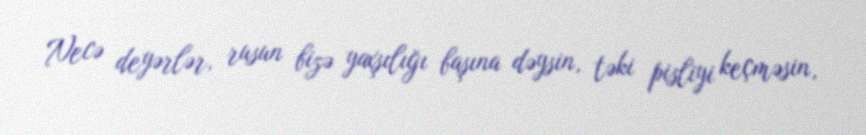
Necə deyərlər, rusun bizə yaxşılığı başına dəysin, təki pisliyi keçməsin,